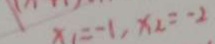
x _ { 1 } = - 1 , x _ { 2 } = - 2